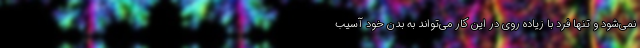
نمی‌شود و تنها فرد با زیاده روی در این کار می‌تواند به بدن خود آسیب